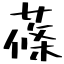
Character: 蓧